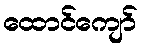
ထောင်ကျော်